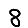
Digit: 8